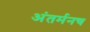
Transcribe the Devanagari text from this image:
अंतर्मनच